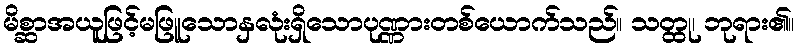
မိစ္ဆာအယူဖြင့်မဖြူသောနှလုံးရှိသောပုဏ္ဏားတစ်ယောက်သည်။ သတ္ထု၊ ဘုရား၏။